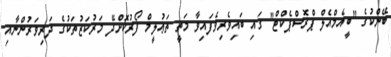
ބޭންކުގެ "ބީއެމްއެލް ޕްރޮސްޕެކްޓް" ގައި ބައިވެރިވެފައިވާ މަތީ ތަޢުލީމް ފޯރުކޮށްދޭ މަރުކަޒުތަކުގެ ދަރިވަރުންނާއި